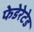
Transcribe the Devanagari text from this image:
फेडेरेटेड